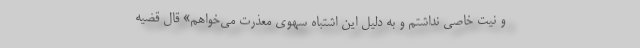
و نیت خاصی نداشتم و به دلیل این اشتباه سهوی معذرت می‌خواهم» قال قضیه